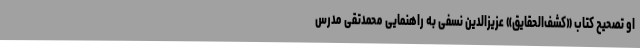
او تصحیح کتاب «کشف‌الحقایق» عزیزالدین نسفی به راهنمایی محمدتقی مدرس